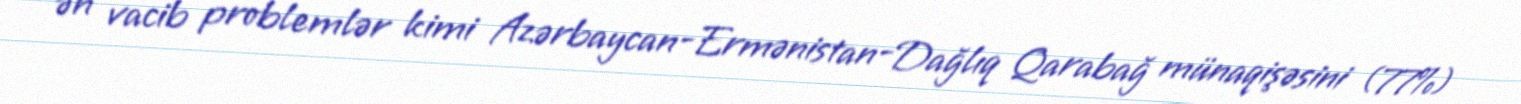
ən vacib problemlər kimi Azərbaycan-Ermənistan-Dağlıq Qarabağ münaqişəsini (77%)